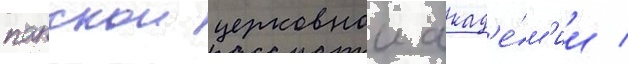
папскои церковнои акад'е́м'ии /